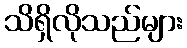
သိရှိလိုသည်များ